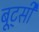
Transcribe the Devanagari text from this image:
बूट्सी